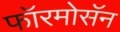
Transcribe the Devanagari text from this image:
फॉरमोसॅन